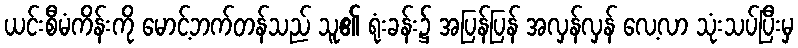
ယင်းစီမံကိန်းကို မောင့်ဘက်တန်သည် သူ၏ ရုံးခန်း၌ အပြန်ပြန် အလှန်လှန် လေ့လာ သုံးသပ်ပြီးမှ